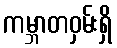
ကမ္ဘာတဝှမ်းရှိ